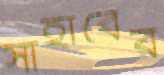
সাহাবের